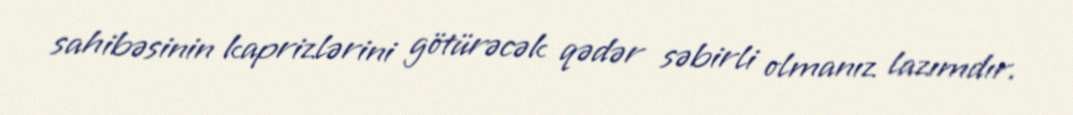
sahibəsinin kaprizlərini götürəcək qədər səbirli olmanız lazımdır.